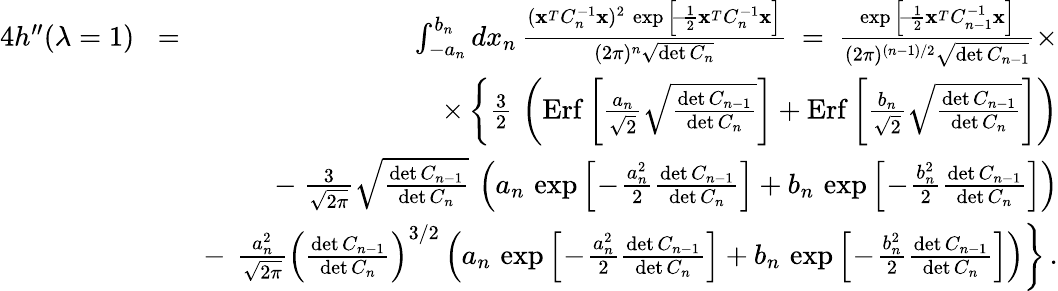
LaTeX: \begin{array}{rlr}{4h^{\prime\prime}(\lambda=1)}&{\! =\! }&{\int_{-a_{n}}^{b_{n}}dx_{n}\, {\frac{({\mathbf x}^{_T}C_{n}^{-1}{\mathbf x})^{2}\, \exp\Big[\! -\! {\frac{1}{2}}{\mathbf x}^{_T}C_{n}^{-1}{\mathbf x}\Big]}{(2\pi)^{n}\sqrt{\operatorname*{det}C_{n}}}}\ =\ {\frac{\exp\Big[\! -\! {\frac{1}{2}}{\mathbf x}^{_T}C_{n-1}^{-1}{\mathbf x}\Big]}{(2\pi)^{(n-1)/2}\sqrt{\operatorname*{det}C_{n-1}}}}\times}\\ &{}&{\times\left\{ {\frac{3}{2}}\, \left(\mathrm{Erf}\left[{\frac{a_{n}}{\sqrt 2}}\sqrt{\frac{\operatorname*{det}C_{n-1}}{\operatorname*{det}C_{n}}}\right]+\mathrm{Erf}\left[{\frac{b_{n}}{\sqrt 2}}\sqrt{\frac{\operatorname*{det}C_{n-1}}{\operatorname*{det}C_{n}}}\right]\right)\right.}\\ &{}&{-\ {\frac{3}{\sqrt{2\pi}}}\sqrt{\frac{\operatorname*{det}C_{n-1}}{\operatorname*{det}C_{n}}}\, \left(a_{n}\, \exp\Big[\! -\! {\frac{a_{n}^{2}}{2}}{\frac{\operatorname*{det}C_{n-1}}{\operatorname*{det}C_{n}}}\Big]+b_{n}\, \exp\Big[\! -\! {\frac{b_{n}^{2}}{2}}{\frac{\operatorname*{det}C_{n-1}}{\operatorname*{det}C_{n}}}\Big]\right)}\\ &{}&{-\ \left.{\frac{a_{n}^{2}}{\sqrt{2\pi}}}\left({\frac{\operatorname*{det}C_{n-1}}{\operatorname*{det}C_{n}}}\right)^{3/2}\left(a_{n}\, \exp\Big[\! -\! {\frac{a_{n}^{2}}{2}}{\frac{\operatorname*{det}C_{n-1}}{\operatorname*{det}C_{n}}}\Big]+b_{n}\, \exp\Big[\! -\! {\frac{b_{n}^{2}}{2}}{\frac{\operatorname*{det}C_{n-1}}{\operatorname*{det}C_{n}}}\Big]\right)\right\} \, .}\end{array}